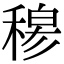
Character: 𥠇